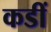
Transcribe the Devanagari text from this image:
कडीं